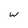
Character: w